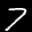
Label: 7